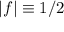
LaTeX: | f | \equiv 1 / 2